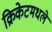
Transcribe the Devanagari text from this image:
क्रिकेटमधले